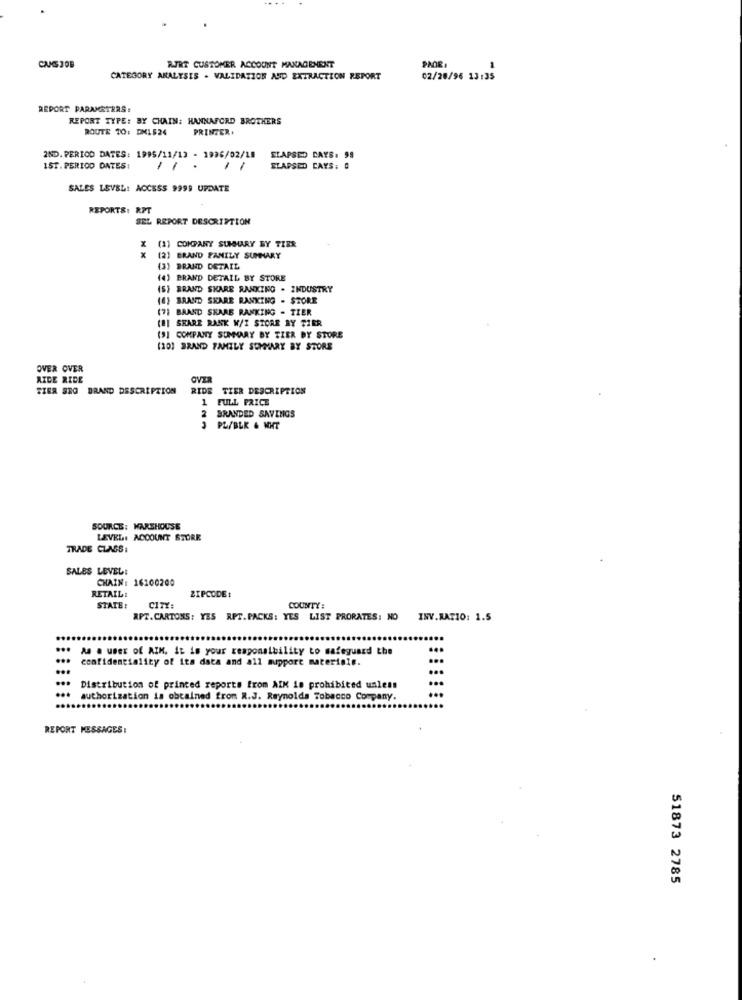
CANSJOB
RTRT CUSTOMER ACCOUNT MANAGEMENT
CATEGORY ANALYSIS . VALIDATION AND EXTRACTION REPORT
02/28/96 13:35
REPORT PARAMETERS:
REPORT TYPE: BY CHAIN: HANNAFORD BROTHERS
ROUTE 10: DM1524
PRINTER.
IND. PERIOD DATES: 1995/11/13 - 1996/02/18
ELAPSED CAYS. 95
IST. PERIOD DATES:
11
ELAPSED CAYS: 0
SALES LEVEL: ACCESS 9999 UPDATE
REPORTS: RP
SEL REPORT DESCRIPTION
(31 COMPANY SUMMARY BY TIER
x
X
1 ERAND FAMILY SUMMARY
(3) BRAND DETAIL
(4) BRAND DETAIL BY STORE
(5) BRAND SKARE RANKING - INDUSTRY
(4) BRAND SKARE RANKING - STORE
(7) BRAND SKARE RANKING - TIER
[8] SHARE RANK W/I STORR RY TIER
(9] COMPANY SUMMARY BY TIER BY STORE
(201 BRAND FAMILY SUMMARY BY STORE
OVER OVER
AIDE RIDE
OVER
TIER SEG BRAND DESCRIPTION
RIDE TIER DESCRIPTION
1 FULL PRICE
BRANDED SAVINGS
2
PL/BLK & NHT
SOURCE: MARSHOUSE
LEVEL: ACCOUNT STORE
TRADE CLASS:
SALES LEVEL:
CHAIN: 16100200
RETAILI
ZIPCODE:
STATE:
CITY:
COUNTY:
APT.CARTONS: YES RPT. PACKS: YES LIST PRORATES: NO INV.RATIO: 1.5
...
As a user of AIM. it is your responsibility to safeguard the
confidentiality of its data and all support materiais.
...
Distribution of printed reports from AIK is prohibited unless
authorization is obtained from R.J. Reynolds Tobacco Company.
...
REPORT MESSAGES:
51873 2785